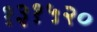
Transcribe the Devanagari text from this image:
१३१५२०